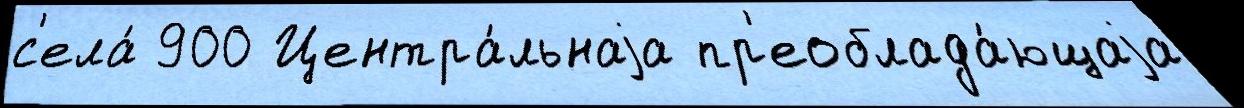
с'ела́ 900 Центра́льнаjа пр'еоблада́ющаjа